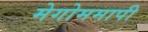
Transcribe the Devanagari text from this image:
मेगोममापी